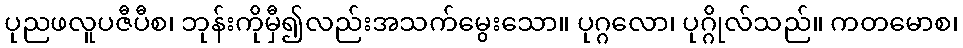
ပုညဖလူပဇီပီစ၊ ဘုန်းကိုမှီ၍လည်းအသက်မွေးသော။ ပုဂ္ဂလော၊ ပုဂ္ဂိုလ်သည်။ ကတမောစ၊